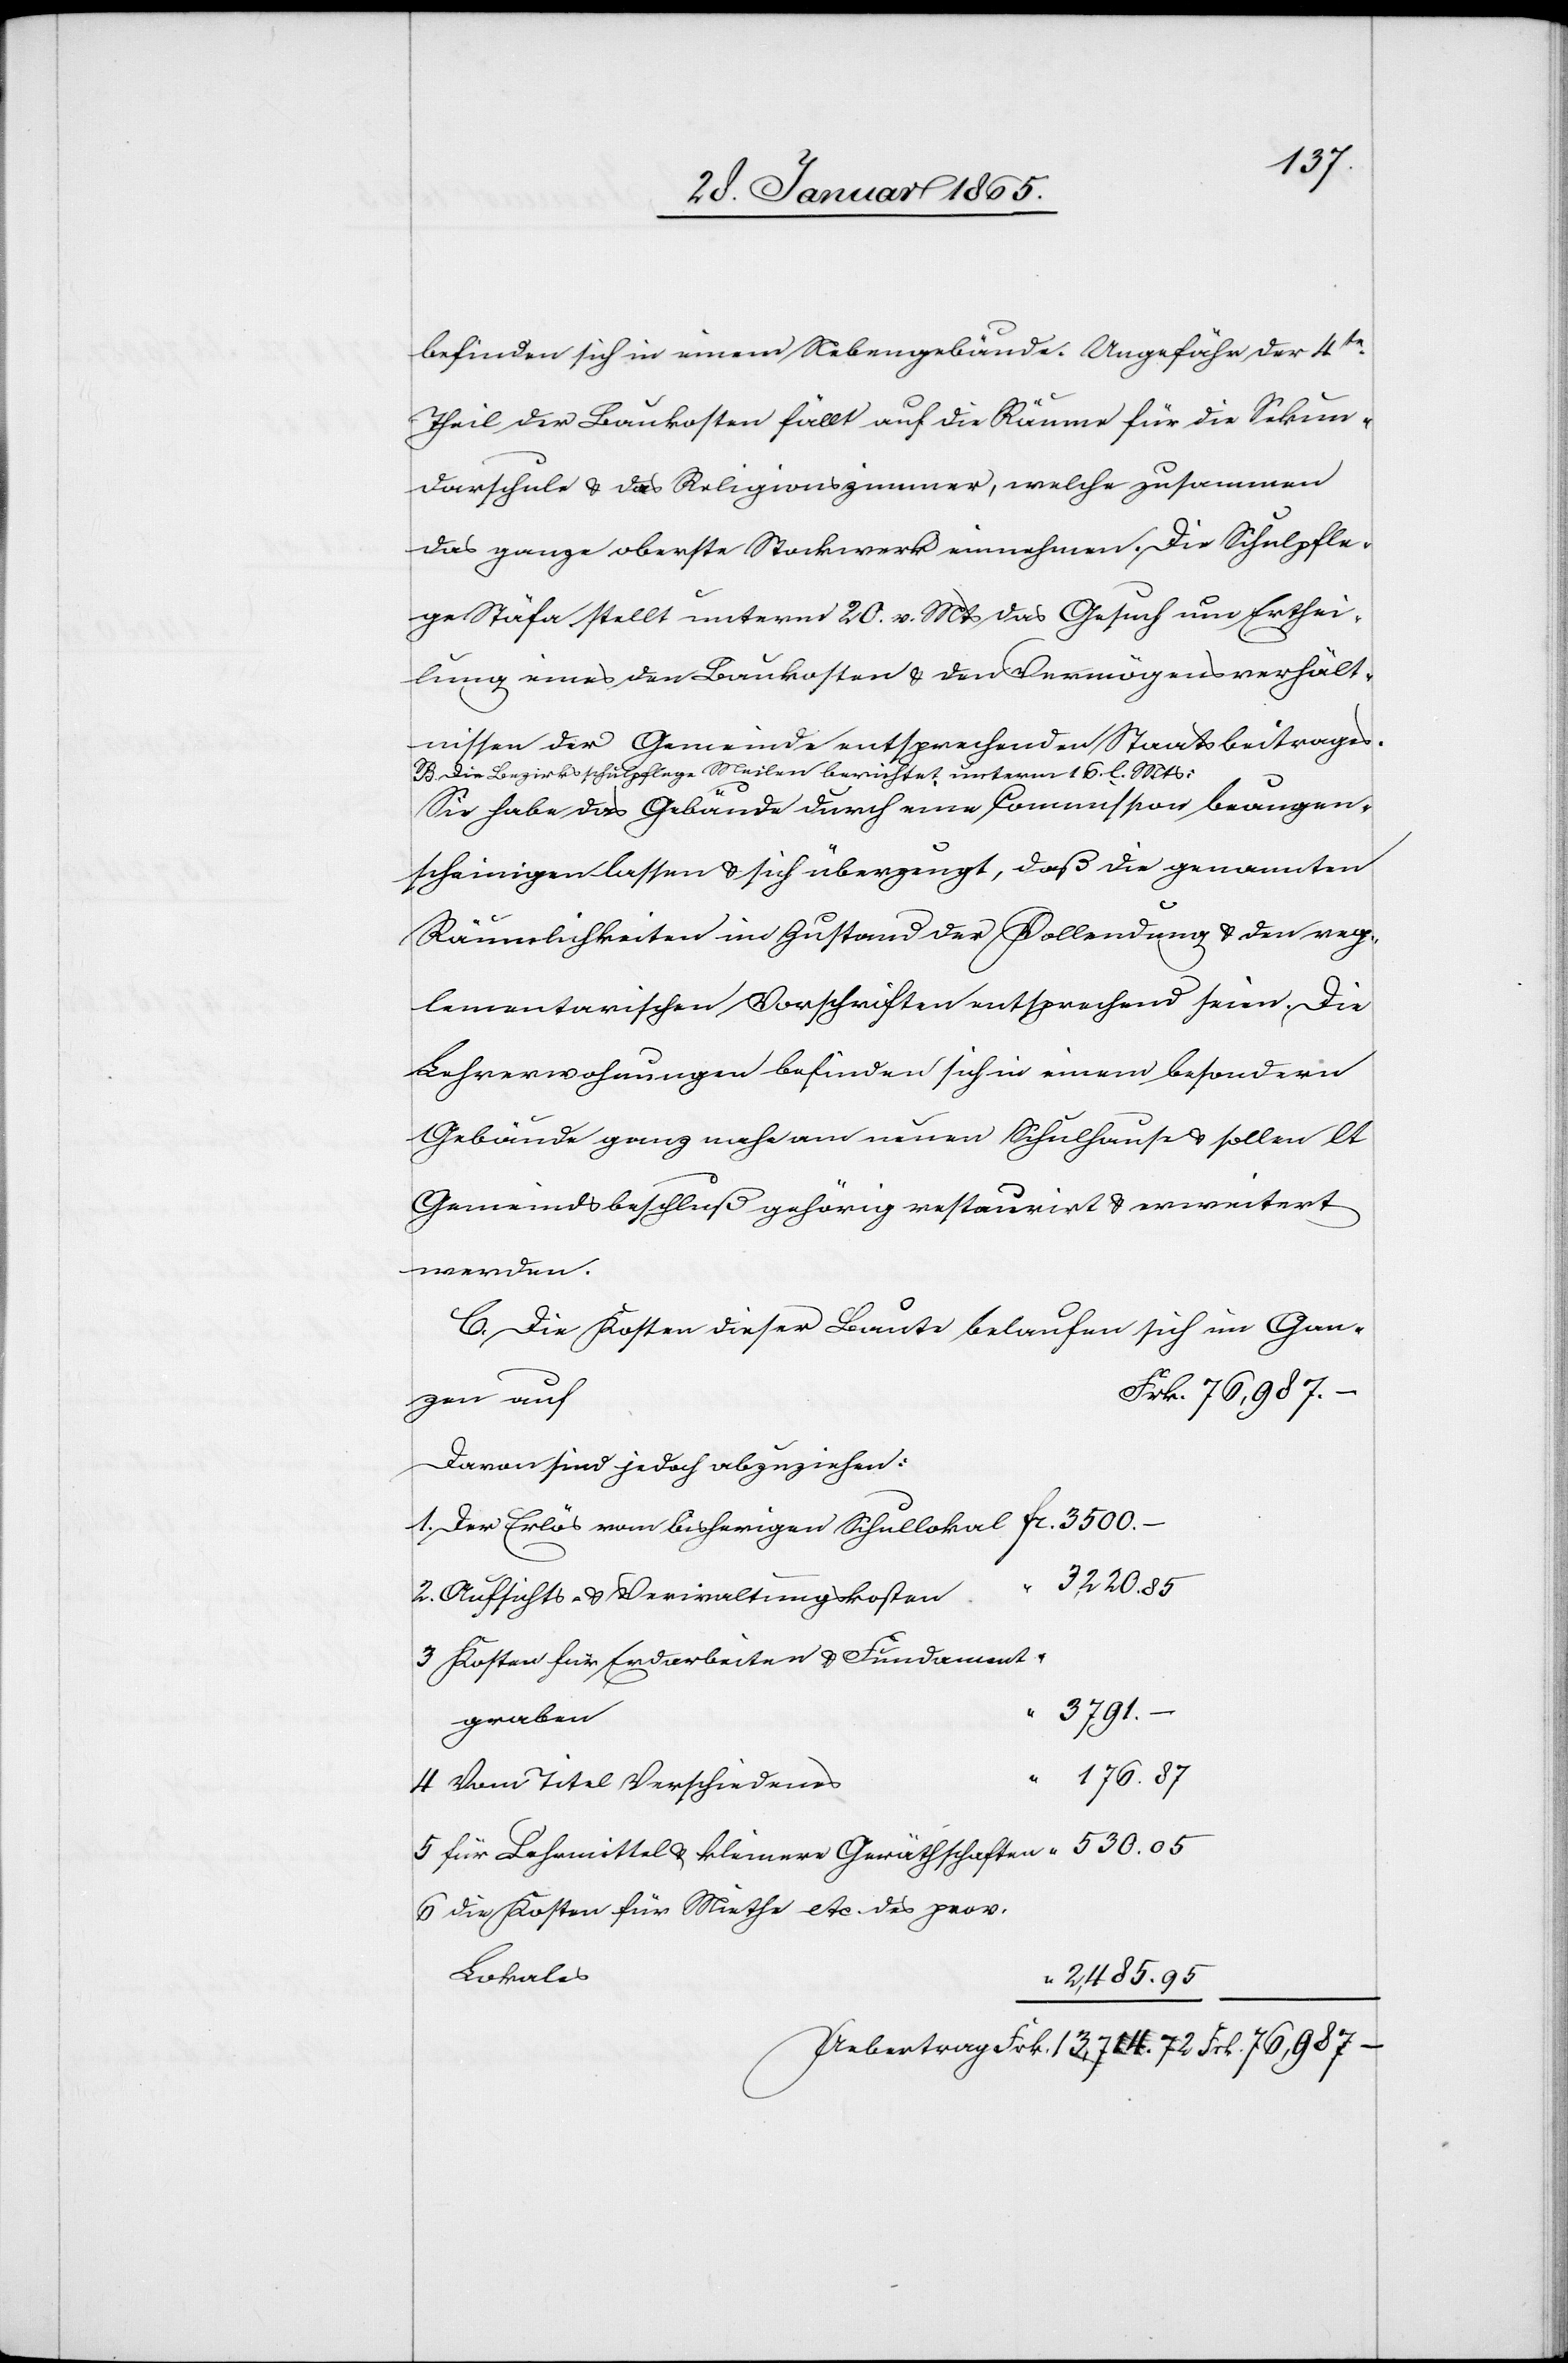
befinden sich in einem Nebengebäude. Ungefähr der 4te
Theil der Baukosten fällt auf die Räume für die Sekun¬
darschule u. das Religionszimmer, welche zusammen
das ganze oberste Stockwerk einnehmen. Die Schulpfle¬
ge Stäfa stellt unterm 20. v. Mts das Gesuch um Erthei¬
lung eines den Baukosten u. den Vermögensverhält¬
nissen der Gemeinde entsprechenden Staatsbeitrages.
B. Die Bezirksschulpflege Meilen berichtet unterm 16. l. Mts:
Sie habe das Gebäude durch eine Commission beaugen¬
scheinigen lassen u. sich überzeugt, daß die genannten
Räumlichkeiten in Zustand der Vollendung u. den reg¬
lementarischen Vorschriften entsprechend seien. Die
Lehrerwohnungen befinden sich in einem besondern
Gebäude ganz nahe am neuen Schulhause u. sollen lt
Gemeindsbeschluß gehörig restaurirt u. erweitert
werden.
Die Kosten dieser Baute belaufen sich im Gan¬
zen auf
Davon sind jedoch abzuziehen:
Aufsichts- u. Verwaltungskosten
Kosten für Erdarbeiten u. Fundament¬
3791.
graben
Vom Titel Verschiedenes
für Lehrmittel u. kleinere Geräthschaften
die Kosten für Miethe etc. des prov.
Lokales